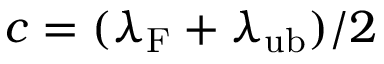
c = ( \lambda _ { \mathrm { F } } + \lambda _ { \mathrm { u b } } ) / 2